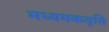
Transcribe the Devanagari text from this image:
मध्यमकवृत्ति